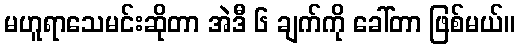
မဟူရာသေမင်းဆိုတာ အဲဒီ ၆ ချက်ကို ခေါ်တာ ဖြစ်မယ်။